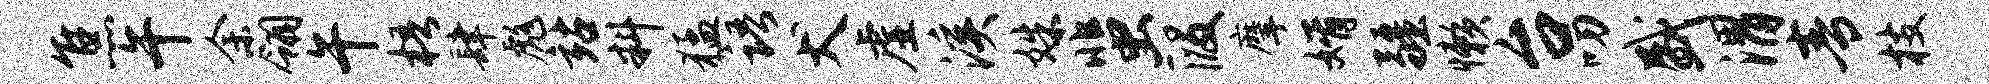
焦午余翎午梧肆彪站料猛语犬虚溪姝蜚段摩婿疆懒台叨盛渭青枝